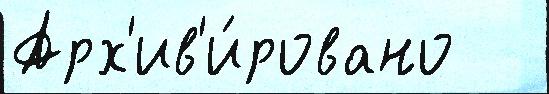
Арх'ив'и́ровано